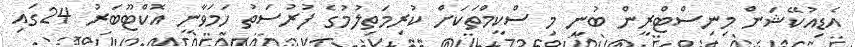
އެޑިއުކޭޝަން މިނިސްޓްރީން ބުނީ މި ސްކީމްތަކަށް ކުރިމަތިލުމުގެ ފުރުސަތު ހަމަވާނީ އޮކްޓޫބަރު 24ގައި